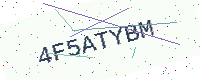
Text: 4F5ATYBM